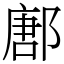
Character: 鄌